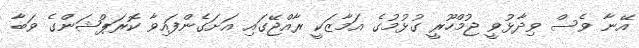
އޭނާ ވެސް ވިދާޅުވީ ޖުމްހޫރީ ގުޅުމުގެ އަމާޒަކީ ރާއްޖޭގައި އަށަގެންފައިވާ ކޮރަޕްޝަންގެ ވަބާ